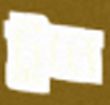
টুনে